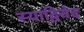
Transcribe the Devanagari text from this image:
स्याद्विवेद